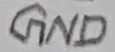
Text: GND